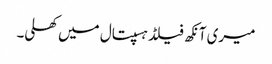
میری آنکھ فیلڈ ہسپتال میں کھلی۔